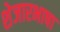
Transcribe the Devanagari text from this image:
शेजारभाषा